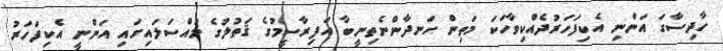
ހާދިސާގަ އަންނި އެކިފަހަރުދެއްކިވާހަކަ މަތިން ހަނދާންނެތިނީބާ އަފިރާސީމުގެ ޤަތުލުގެ މައްސަލައިގައި އަންނީ އެކިފަހަރު